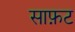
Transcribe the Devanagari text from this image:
साफ़ट